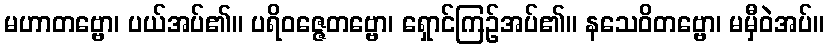
မဟာတဗ္ဗော၊ ပယ်အပ်၏။ ပရိဝဇ္ဇေတဗ္ဗော၊ ရှောင်ကြဉ်အပ်၏။ နသေဝိတဗ္ဗော၊ မမှီဝဲအပ်။